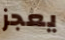
يعجز